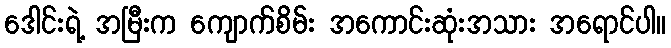
ဒေါင်းရဲ့ အမြီးက ကျောက်စိမ်း အကောင်းဆုံးအသား အရောင်ပါ။